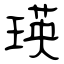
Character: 瑛